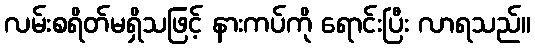
လမ်းစရိတ်မရှိသဖြင့် နားကပ်ကို ရောင်းပြီး လာရသည်။